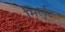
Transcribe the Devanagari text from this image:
मिर्लुङ